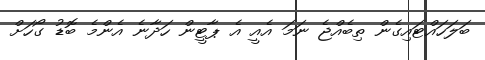
ބަލަހައްޓައިގެން ތިބެއްޖެ ނަމަ އެއީ އެ ޕާޓީން ހަދާނެ އެންމެ ބޮޑު ގޯހަށް